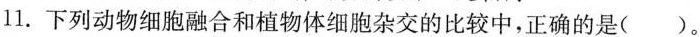
11. 下列动物细胞融合和植物体细胞杂交的比较中，正确的是()。